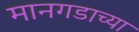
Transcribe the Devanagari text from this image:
मानगडाच्या